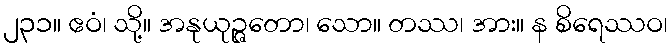
၂၃၁။ ဧဝံ၊ သို့။ အနုယုဉ္ဇတော၊ သော။ တဿ၊ အား။ န စိရေဿဝ၊